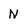
Character: N